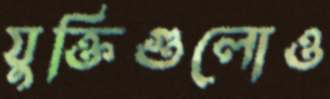
যুক্তিগুলোও